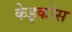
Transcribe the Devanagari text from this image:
केइकोस